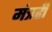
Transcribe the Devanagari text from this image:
मंत्रही